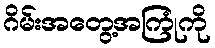
ဂိမ်းအတွေ့အကြုံကို